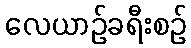
လေယာဉ်ခရီးစဉ်